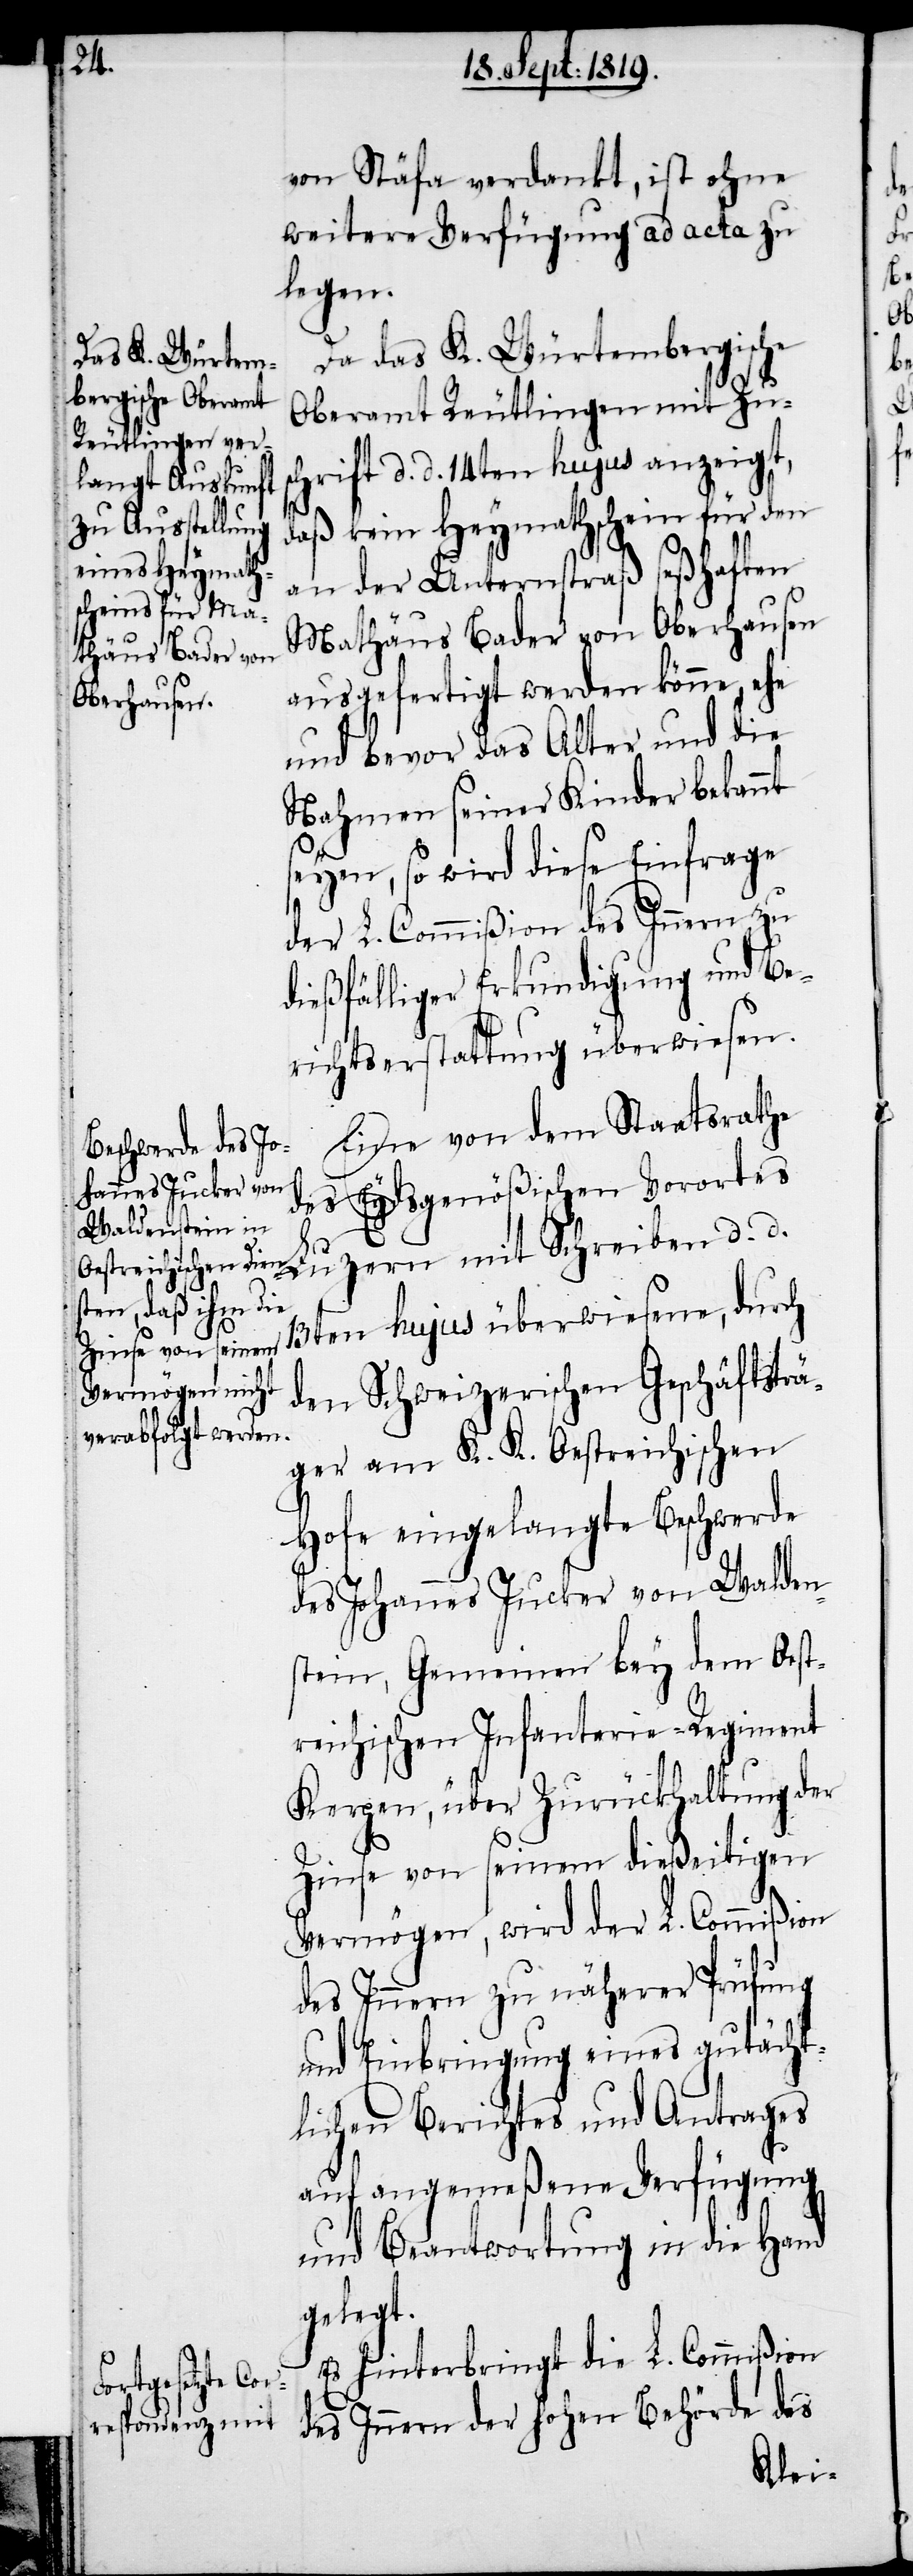
von Stäfa verdankt, ist ohne
weitere Verfügung ad acta zu
legen.
Da das K. Würtembergische
Oberamt Reutlingen mit Zu¬
schrift d. d. 14ten hujus anzeigt,
daß kein Heymathschein für den
an der Unternstraß seßhaften
Mathäus Bader von Oberhausen
ausgefertigt werden könne, ehe
und bevor das Alter und die
Nahmen seiner Kinder bekannt
seyen, so wird diese Einfrage
der L. Commißion des Innern zu
dießfälliger Erkundigung und Be¬
richtserstattung überwiesen.
Eine von dem Staatsrathe
des Eydsgenößischen Vorortes
13ten hujus überwiesene, durch
den Schweizerischen Geschäftsträ¬
ger am K. K. Oestreichischen
Hofe eingelangte Beschwerde
des Johannes Jucker von Walden¬
stein, Gemeinen bey dem Oest¬
reichischen Infanterie-Regiment
Kergen, über Zurückhaltung der
Zinse von seinem dießeitigen
Vermögen, wird der L. Commißion
des Innern zu näherer Prüfung
und Einbringung eines gutächt¬
lichen Berichtes und Antrages
auf angemeßene Verfügung
und Beantwortung in die Hand
gelegt.
Es hinterbringt die L. Commißion
des Innern der hohen Behörde des